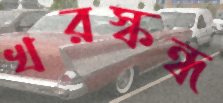
খরস্কন্ধ